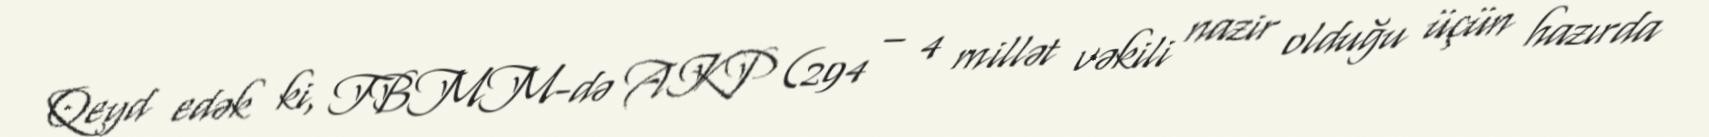
Qeyd edək ki, TBMM-də AKP (294 – 4 millət vəkili nazir olduğu üçün hazırda